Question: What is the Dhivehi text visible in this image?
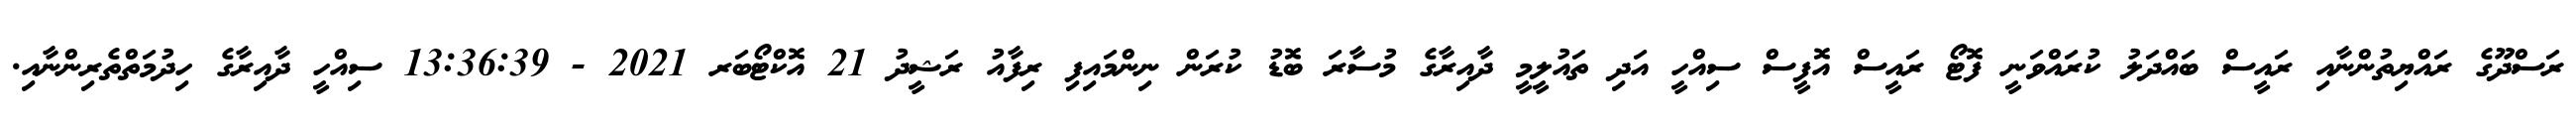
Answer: ރަސްދޫގެ ރައްޔިތުންނާއި ރައީސް ބައްދަލު ކުރައްވަނީ ފޮޓޯ ރައީސް އޮފީސް ސިއްހީ އަދި ތައުލީމީ ދާއިރާގެ މުސާރަ ބޮޑު ކުރަން ނިންމައިފި ރިފާއު ރަޝީދު 21 އޮކްޓޯބަރ 2021 - 13:36:39 ސިއްހީ ދާއިރާގެ ހިދުމަތްތެރިންނާއި.